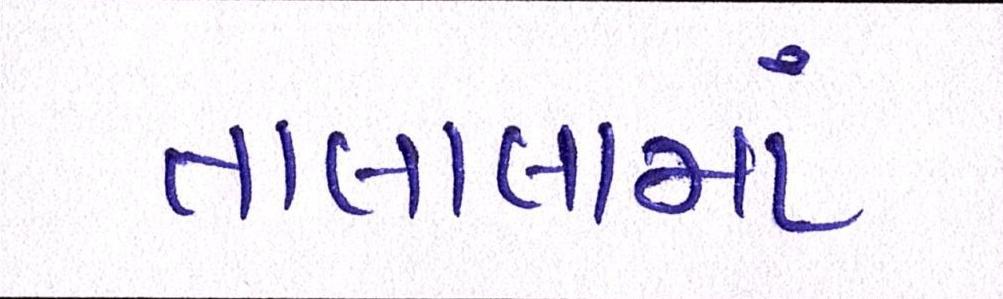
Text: તાલાલામાં